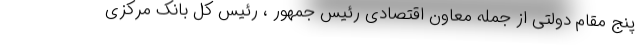
پنج مقام دولتی از جمله معاون اقتصادی رئیس جمهور ، رئیس کل بانک مرکزی